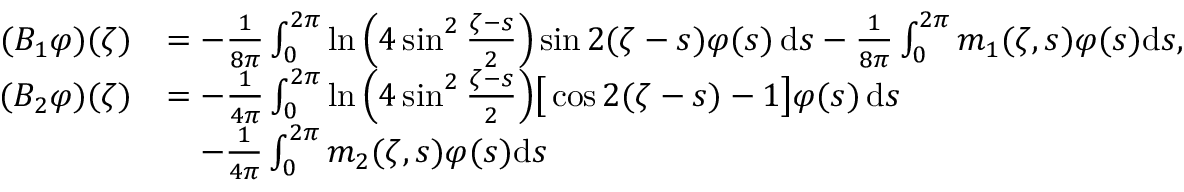
\begin{array} { r l } { ( B _ { 1 } \varphi ) ( \zeta ) } & { = - \frac { 1 } { 8 \pi } \int _ { 0 } ^ { 2 \pi } \ln \Big ( 4 \sin ^ { 2 } \frac { \zeta - s } { 2 } \Big ) \sin 2 ( \zeta - s ) \varphi ( s ) \, \mathrm { d } s - \frac { 1 } { 8 \pi } \int _ { 0 } ^ { 2 \pi } m _ { 1 } ( \zeta , s ) \varphi ( s ) \mathrm { d } s , } \\ { ( B _ { 2 } \varphi ) ( \zeta ) } & { = - \frac { 1 } { 4 \pi } \int _ { 0 } ^ { 2 \pi } \ln \Big ( 4 \sin ^ { 2 } \frac { \zeta - s } { 2 } \Big ) \big [ \cos 2 ( \zeta - s ) - 1 \big ] \varphi ( s ) \, \mathrm { d } s } \\ & { \quad - \frac { 1 } { 4 \pi } \int _ { 0 } ^ { 2 \pi } m _ { 2 } ( \zeta , s ) \varphi ( s ) \mathrm { d } s } \end{array}